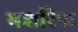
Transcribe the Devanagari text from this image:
मशरिफ